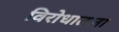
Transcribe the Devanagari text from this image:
विरोधातला